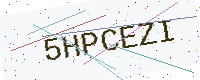
Text: 5HPCEZI